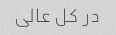
در کل عالی